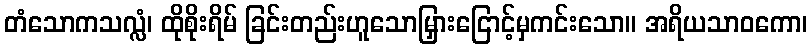
တံသောကသလ္လံ၊ ထိုစိုးရိမ် ခြင်းတည်းဟူသောမြှားငြောင့်မှကင်းသော။ အရိယသာဝကော၊